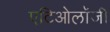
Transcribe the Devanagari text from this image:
एटिओलॉजी